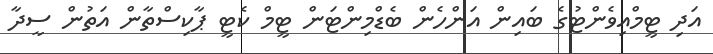
އަދި ޓީމްއިވެންޓުގެ ބައިން އަންހެން ބެޑްމިންޓަން ޓީމް ކެޓީ ޕާކިސްތާން އަތުން ސީދާ